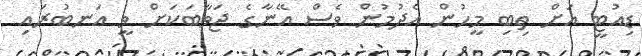
ޑިއުޓީ އަށް ތިބި މީހުން އެދުމުން ވެސް އޭނާގެ ޖަވާބަކަށް ވީ އަނބުރައި